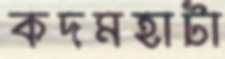
কদমহাটা